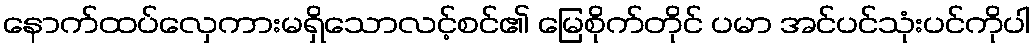
နောက်ထပ်လှေကားမရှိသောလင့်စင်၏ မြေစိုက်တိုင် ပမာ အင်ပင်သုံးပင်ကိုပါ